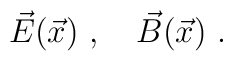
\vec{E}(\vec x)\ ,\quad \vec{B}(\vec x)\ .